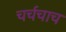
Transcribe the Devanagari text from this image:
चर्चचाच